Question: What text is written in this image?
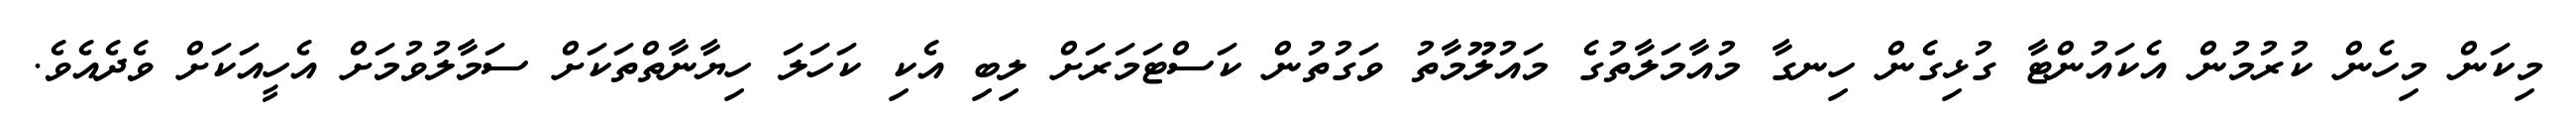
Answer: މިކަން މިހެން ކުރުމުން އެކައުންޓާ ގުޅިގެން ހިނގާ މުއާމަލާތުގެ މައުލޫމާތު ވަގުތުން ކަސްޓަމަރަށް ލިބި އެކި ކަހަލަ ހިޔާނާތްތަކަށް ސަމާލުވުމަށް އެހީއަކަށް ވެދެއެވެ.